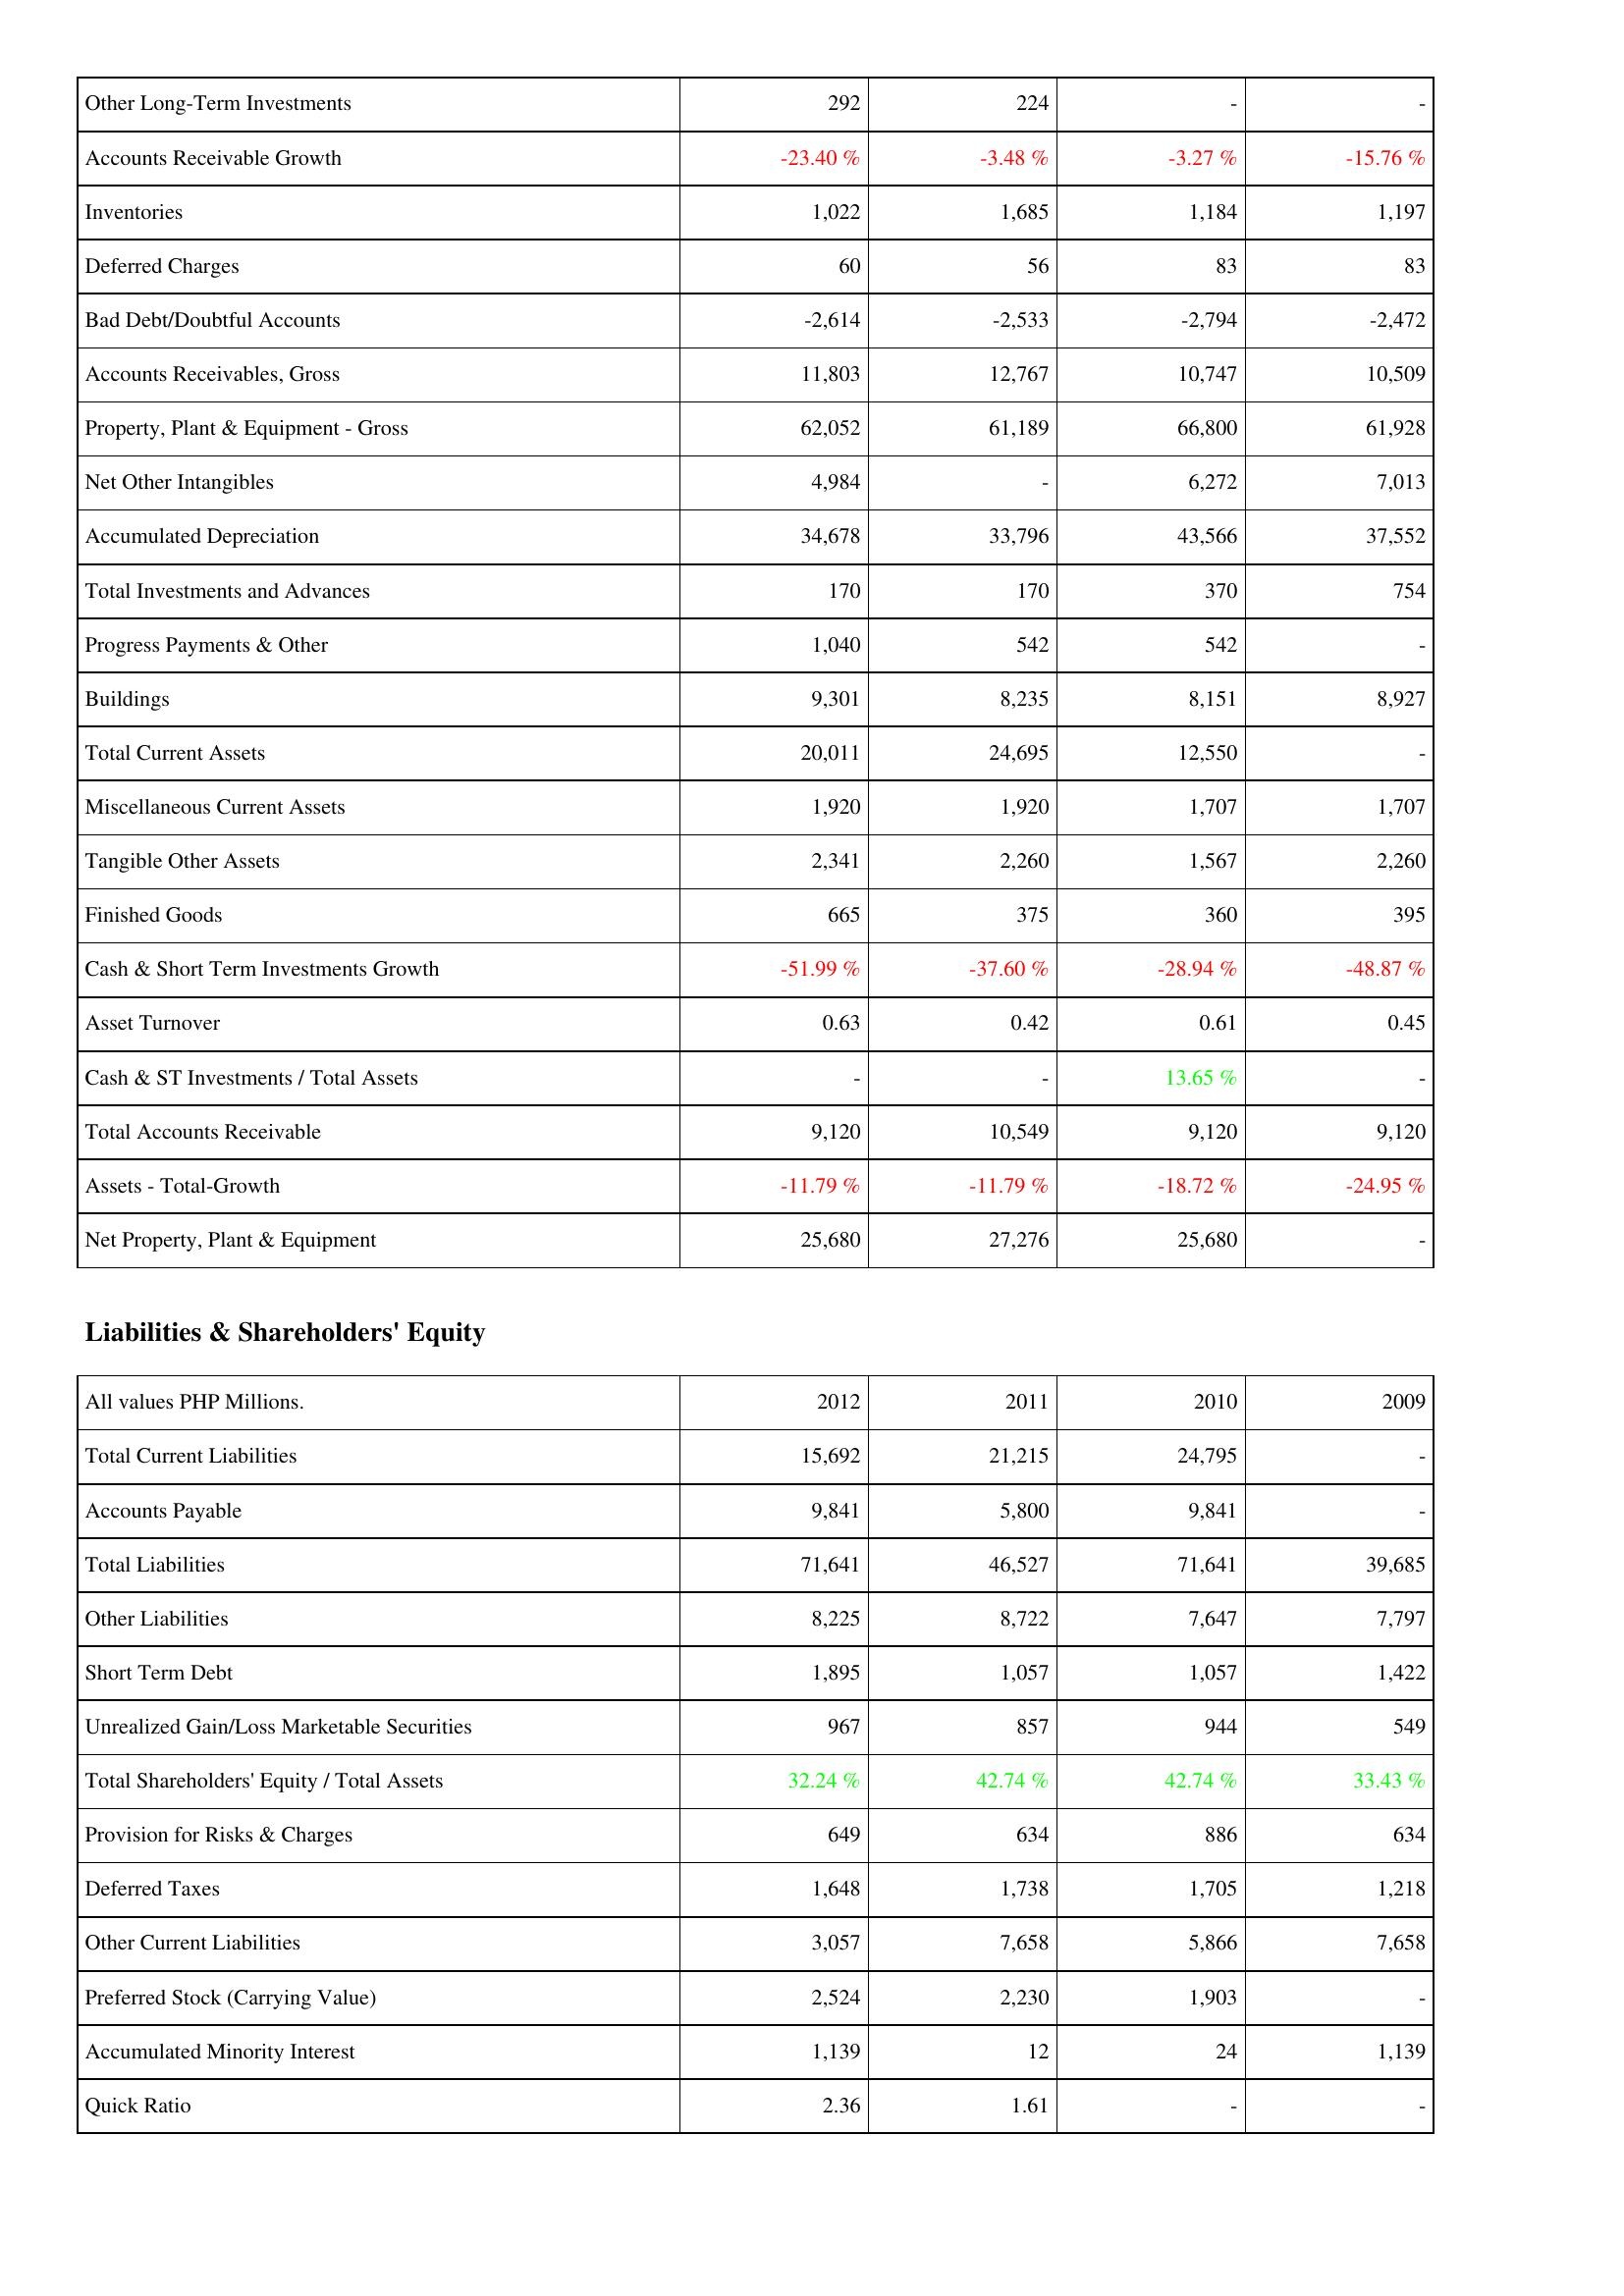
2012: Assets: Other Long-Term Investments: 292
Accounts Receivable Growth: -23.40 %
Inventories: 1,022
Deferred Charges: 60
Bad Debt/Doubtful Accounts: -2,614
Accounts Receivables, Gross: 11,803
Property, Plant & Equipment - Gross: 62,052
Net Other Intangibles: 4,984
Accumulated Depreciation: 34,678
Total Investments and Advances: 170
Progress Payments & Other: 1,040
Buildings: 9,301
Total Current Assets: 20,011
Miscellaneous Current Assets: 1,920
Tangible Other Assets: 2,341
Finished Goods: 665
Cash & Short Term Investments Growth: -51.99 %
Asset Turnover: 0.63
Cash & ST Investments / Total Assets: -
Total Accounts Receivable: 9,120
Assets - Total-Growth: -11.79 %
Net Property, Plant & Equipment: 25,680
Liabilities & Shareholders' Equity: Total Current Liabilities: 15,692
Accounts Payable: 9,841
Total Liabilities: 71,641
Other Liabilities: 8,225
Short Term Debt: 1,895
Unrealized Gain/Loss Marketable Securities: 967
Total Shareholders' Equity / Total Assets: 32.24 %
Provision for Risks & Charges: 649
Deferred Taxes: 1,648
Other Current Liabilities: 3,057
Preferred Stock (Carrying Value): 2,524
Accumulated Minority Interest: 1,139
Quick Ratio: 2.36
2011: Assets: Other Long-Term Investments: 224
Accounts Receivable Growth: -3.48 %
Inventories: 1,685
Deferred Charges: 56
Bad Debt/Doubtful Accounts: -2,533
Accounts Receivables, Gross: 12,767
Property, Plant & Equipment - Gross: 61,189
Net Other Intangibles: -
Accumulated Depreciation: 33,796
Total Investments and Advances: 170
Progress Payments & Other: 542
Buildings: 8,235
Total Current Assets: 24,695
Miscellaneous Current Assets: 1,920
Tangible Other Assets: 2,260
Finished Goods: 375
Cash & Short Term Investments Growth: -37.60 %
Asset Turnover: 0.42
Cash & ST Investments / Total Assets: -
Total Accounts Receivable: 10,549
Assets - Total-Growth: -11.79 %
Net Property, Plant & Equipment: 27,276
Liabilities & Shareholders' Equity: Total Current Liabilities: 21,215
Accounts Payable: 5,800
Total Liabilities: 46,527
Other Liabilities: 8,722
Short Term Debt: 1,057
Unrealized Gain/Loss Marketable Securities: 857
Total Shareholders' Equity / Total Assets: 42.74 %
Provision for Risks & Charges: 634
Deferred Taxes: 1,738
Other Current Liabilities: 7,658
Preferred Stock (Carrying Value): 2,230
Accumulated Minority Interest: 12
Quick Ratio: 1.61
2010: Assets: Other Long-Term Investments: -
Accounts Receivable Growth: -3.27 %
Inventories: 1,184
Deferred Charges: 83
Bad Debt/Doubtful Accounts: -2,794
Accounts Receivables, Gross: 10,747
Property, Plant & Equipment - Gross: 66,800
Net Other Intangibles: 6,272
Accumulated Depreciation: 43,566
Total Investments and Advances: 370
Progress Payments & Other: 542
Buildings: 8,151
Total Current Assets: 12,550
Miscellaneous Current Assets: 1,707
Tangible Other Assets: 1,567
Finished Goods: 360
Cash & Short Term Investments Growth: -28.94 %
Asset Turnover: 0.61
Cash & ST Investments / Total Assets: 13.65 %
Total Accounts Receivable: 9,120
Assets - Total-Growth: -18.72 %
Net Property, Plant & Equipment: 25,680
Liabilities & Shareholders' Equity: Total Current Liabilities: 24,795
Accounts Payable: 9,841
Total Liabilities: 71,641
Other Liabilities: 7,647
Short Term Debt: 1,057
Unrealized Gain/Loss Marketable Securities: 944
Total Shareholders' Equity / Total Assets: 42.74 %
Provision for Risks & Charges: 886
Deferred Taxes: 1,705
Other Current Liabilities: 5,866
Preferred Stock (Carrying Value): 1,903
Accumulated Minority Interest: 24
Quick Ratio: -
2009: Assets: Other Long-Term Investments: -
Accounts Receivable Growth: -15.76 %
Inventories: 1,197
Deferred Charges: 83
Bad Debt/Doubtful Accounts: -2,472
Accounts Receivables, Gross: 10,509
Property, Plant & Equipment - Gross: 61,928
Net Other Intangibles: 7,013
Accumulated Depreciation: 37,552
Total Investments and Advances: 754
Progress Payments & Other: -
Buildings: 8,927
Total Current Assets: -
Miscellaneous Current Assets: 1,707
Tangible Other Assets: 2,260
Finished Goods: 395
Cash & Short Term Investments Growth: -48.87 %
Asset Turnover: 0.45
Cash & ST Investments / Total Assets: -
Total Accounts Receivable: 9,120
Assets - Total-Growth: -24.95 %
Net Property, Plant & Equipment: -
Liabilities & Shareholders' Equity: Total Current Liabilities: -
Accounts Payable: -
Total Liabilities: 39,685
Other Liabilities: 7,797
Short Term Debt: 1,422
Unrealized Gain/Loss Marketable Securities: 549
Total Shareholders' Equity / Total Assets: 33.43 %
Provision for Risks & Charges: 634
Deferred Taxes: 1,218
Other Current Liabilities: 7,658
Preferred Stock (Carrying Value): -
Accumulated Minority Interest: 1,139
Quick Ratio: -